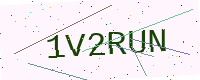
Text: 1V2RUN